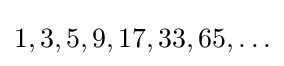
1,3,5,9,17,33,65,\ldots